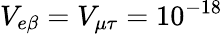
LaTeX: V_{e\beta}=V_{\mu\tau}=10^{-18}